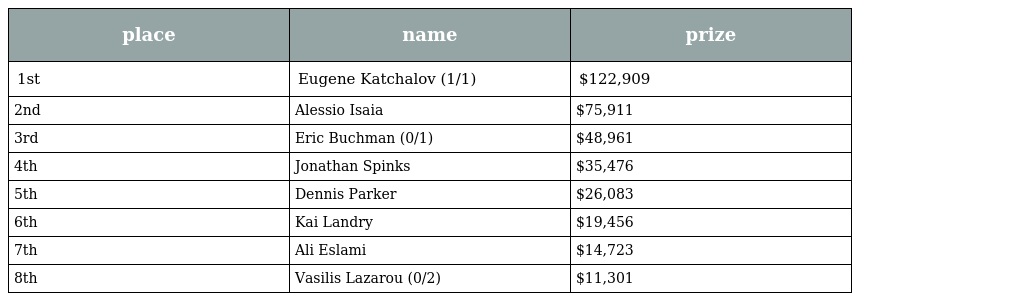
| place | name | prize |
 | --- | --- | --- |
 | 1st | Eugene Katchalov (1/1) | $122,909 |
 | 2nd | Alessio Isaia | $75,911 |
 | 3rd | Eric Buchman (0/1) | $48,961 |
 | 4th | Jonathan Spinks | $35,476 |
 | 5th | Dennis Parker | $26,083 |
 | 6th | Kai Landry | $19,456 |
 | 7th | Ali Eslami | $14,723 |
 | 8th | Vasilis Lazarou (0/2) | $11,301 |